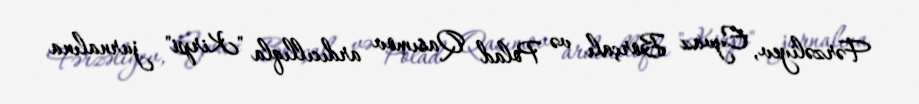
Fərzəliyev, Eyvaz Borçalı və Polad Qasımov ardıcıllıqla "Kirpi" jurnalına